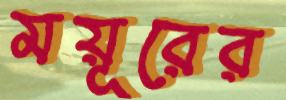
ময়ূরের